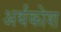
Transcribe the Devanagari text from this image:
अर्थकोश